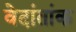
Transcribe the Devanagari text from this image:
वेदांतांक